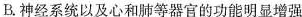
B.神经系统以及心和肺等器官的功能明显增强